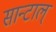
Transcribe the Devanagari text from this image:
सान्टाल्